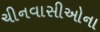
ચીનવાસીઓના